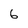
Character: 6